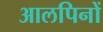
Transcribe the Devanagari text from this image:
आलपिनों